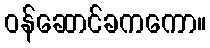
ဝန်ဆောင်ခကကော။